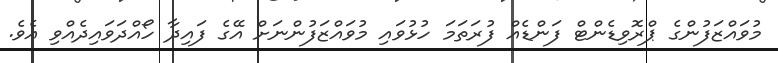
މުވައްޒަފުންގެ ޕްރޮވިޑެންޓް ފަންޑެއް ފުރަތަމަ ހުޅުވައި މުވައްޒަފުންނަށް އޭގެ ފައިދާ ހޯއްދަވައިދެއްވި އެވެ.